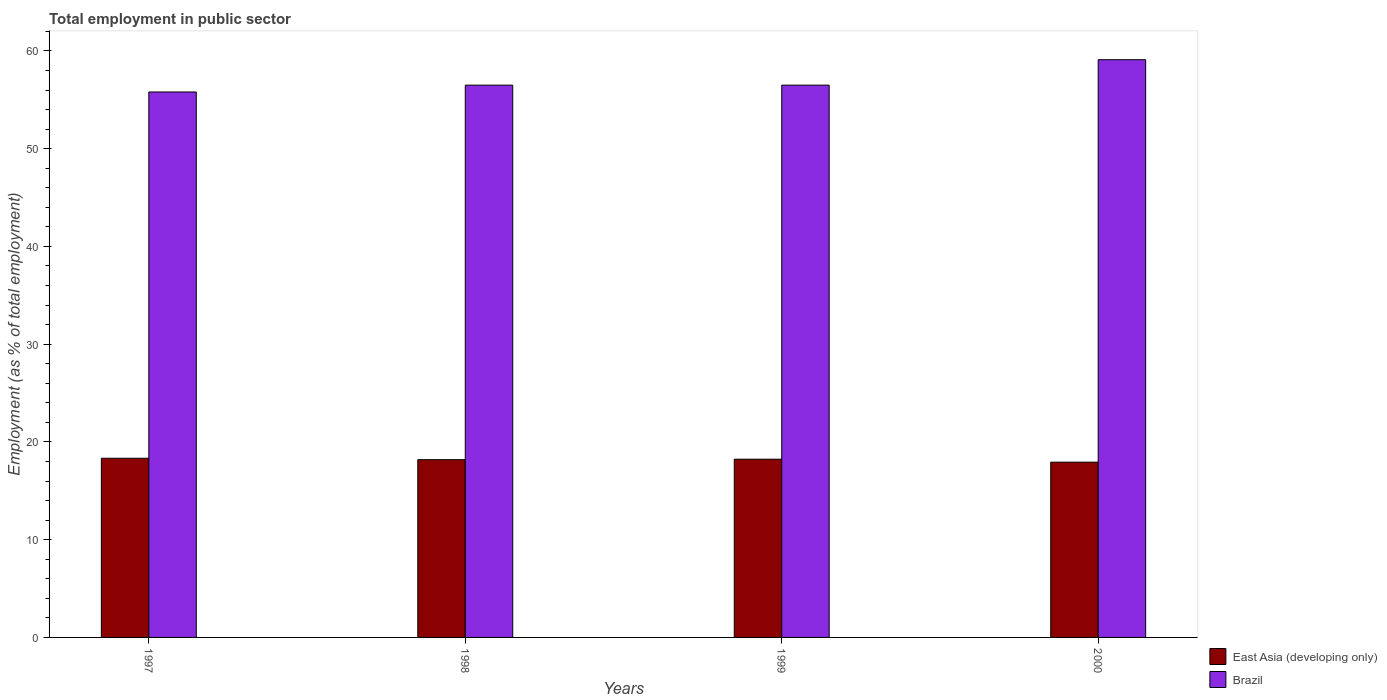
| Years | East Asia (developing only) | Brazil |
 | --- | --- | --- |
 | 1997 | 18.3 | 55.8 |
 | 1998 | 18.2 | 56.5 |
 | 1999 | 18.2 | 56.5 |
 | 2000 | 17.9 | 59.1 |